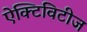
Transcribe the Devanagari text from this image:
ऐक्टिविटीज